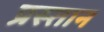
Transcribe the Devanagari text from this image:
प्रस्तान